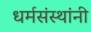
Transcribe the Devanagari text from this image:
धर्मसंस्थांनी